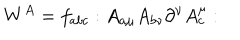
W ^ { A } = f _ { a b c } : A _ { a \mu } A _ { b \nu } \partial ^ { \nu } A _ { c } ^ { \mu } :